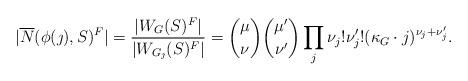
LaTeX: \begin{align*} |\overline{N}(\phi(\jmath), S)^F| = \frac{|W_G(S)^F|}{|W_{G_\jmath}(S)^F|} ={\mu\choose \nu} {\mu'\choose \nu'}\prod_j \nu_j!\nu_j'! (\kappa_G \cdot j)^{\nu_j + \nu_j'}.\end{align*}